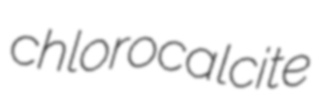
chlorocalcite